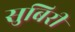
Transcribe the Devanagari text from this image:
सुबिरी